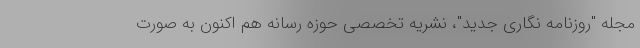
مجله "روزنامه نگاری جدید"، نشریه تخصصی حوزه رسانه هم اکنون به صورت